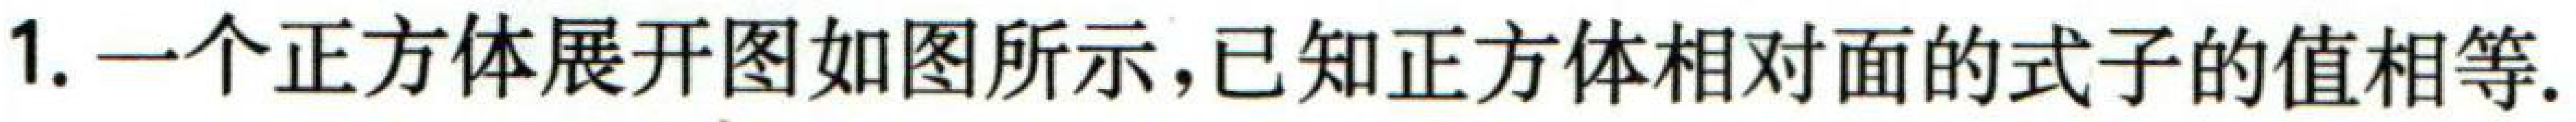
1. 一个正方体展开图如图所示,已知正方体相对面的式子的值相等.